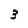
Character: 3